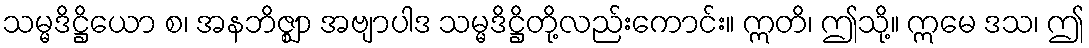
သမ္မဒိဋ္ဌိယော စ၊ အနဘိဇ္ဈာ အဗျာပါဒ သမ္မဒိဋ္ဌိတို့လည်းကောင်း။ ဣတိ၊ ဤသို့။ ဣမေ ဒသ၊ ဤ